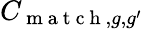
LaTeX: C_{\mathrm{~m~a~t~c~h~},g,g^{\prime}}